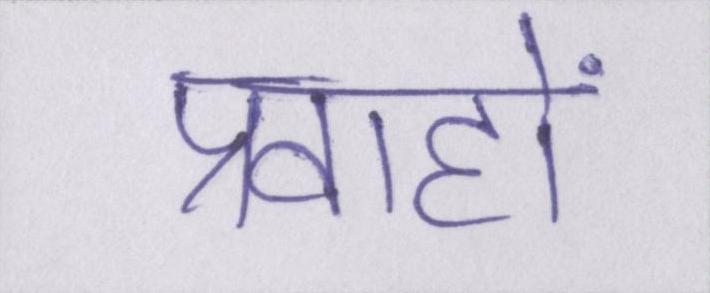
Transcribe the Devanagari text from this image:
प्रवाहों